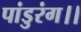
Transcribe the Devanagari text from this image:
पांडुरंग।।